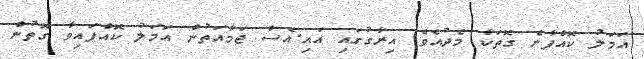
އަމަލު ކޮއްފާނެ ގޮތަކާ މެދުއެވެ. އިރާގުގައި އައި.އެސް ޖަމާއަތުން އަމަލު ކޮއްފައިވާ ގޮތުން